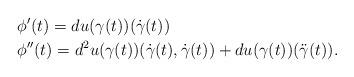
LaTeX: \begin{align*}&\phi '(t)=du(\gamma (t))(\dot{\gamma}(t))\\&\phi''(t)=d^2u(\gamma (t))(\dot{\gamma}(t),\dot{\gamma}(t))+du(\gamma (t))(\ddot{\gamma}(t)).\end{align*}